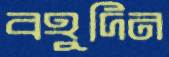
বহুদিন